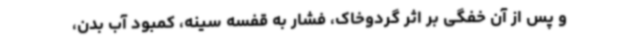
و پس از آن خفگی بر اثر گردوخاک، فشار به قفسه سینه، کمبود آب بدن،